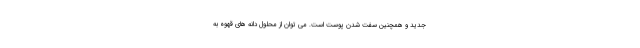
جدید و همچنین سفت شدن پوست است. می توان از محلول دانه های قهوه به